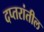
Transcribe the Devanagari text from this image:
दप्तरांतील